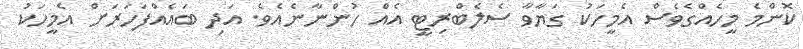
ކޮންމެ މީހެއްގެވެސް އެމީހަކު ގަޔާވާ ސެލެބްރިޓީ އެއް ހުންނާނެއެވެ. އަދި ބައެއްފަހަރަށް އެމީހަކު